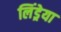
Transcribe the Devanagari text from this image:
लिंड्रेया